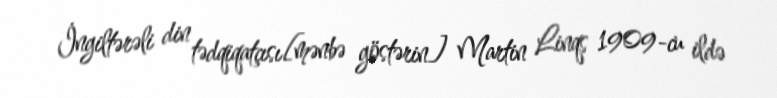
İngiltərəli din tədqiqatçısı[mənbə göstərin] Martin Linqs 1909-cu ildə